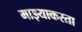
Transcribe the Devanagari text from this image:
माझ्याकरता